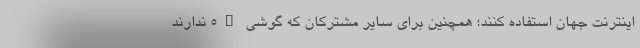
اینترنت جهان استفاده کنند؛ همچنین برای سایر مشترکان که گوشی 5G ندارند